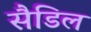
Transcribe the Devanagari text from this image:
सैडिल